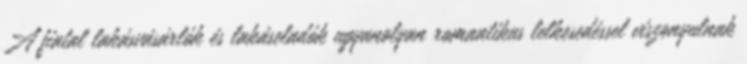
A fiatal lakásvásárlók és lakáseladók ugyanolyan romantikus lelkesedéssel viszonyulnak